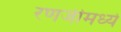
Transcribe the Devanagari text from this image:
रणजीमध्ये